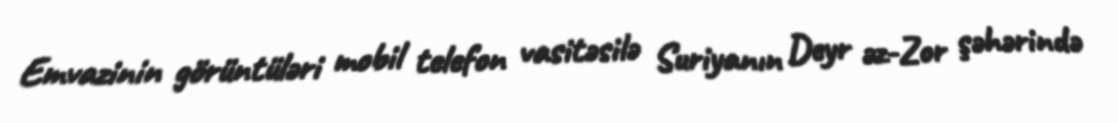
Emvazinin görüntüləri mobil telefon vasitəsilə Suriyanın Deyr əz-Zor şəhərində